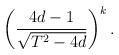
\begin{align*}\left(\frac {4d-1}{\sqrt {T^2-4d}}\right)^k.\end{align*}